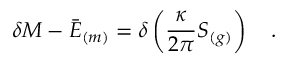
\delta M - \bar { \cal E } _ { ( m ) } = \delta \left( { \frac { \kappa } { 2 \pi } } S _ { ( g ) } \right) ~ ~ ~ .